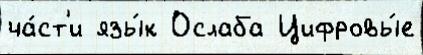
ча́ст'и язы́к Ослаба Цифровы́е